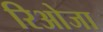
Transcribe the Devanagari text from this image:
रिओजा